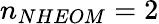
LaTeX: n_{NHEOM}=2